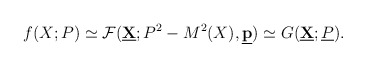
\begin{align*}f (X; P) \simeq {\cal F} (\underline{\bf X}; P^2 - M^2 (X), \underline{\bf p}) \simeq G (\underline{\bf X}; \underline{P}) . \end{align*}